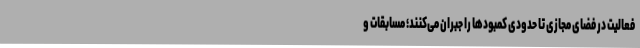
فعالیت در فضای مجازی تا حدودی کمبودها را جبران می‌کنند؛ مسابقات و